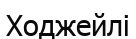
Ходжейлі